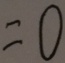
= 0